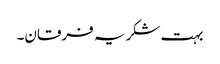
بہت شکریہ فرقان۔